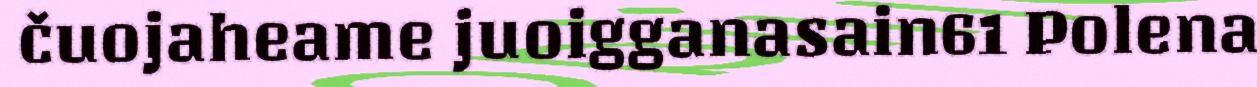
čuojaheame juoigganasain61 Polena